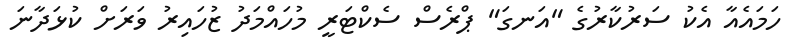
ހަމައެއާ އެކު ސަރުކާރުގެ "އަނގަ" ޕްރެސް ސެކްޓަރީ މުހައްމަދު ޒުހައިރު ވަރަށް ކުޅަދާނަ